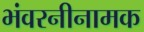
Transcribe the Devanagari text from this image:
भंवरनीनामक